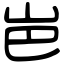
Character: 岜